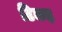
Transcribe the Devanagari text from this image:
टिकड़